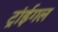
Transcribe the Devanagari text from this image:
ट्रांईगल